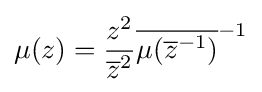
\displaystyle \mu (z)={z^{2} \over {\overline {z}}^{2}}{\overline {\mu ({\overline {z}}^{-1})}}^{-1}